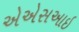
એએસઆઇ